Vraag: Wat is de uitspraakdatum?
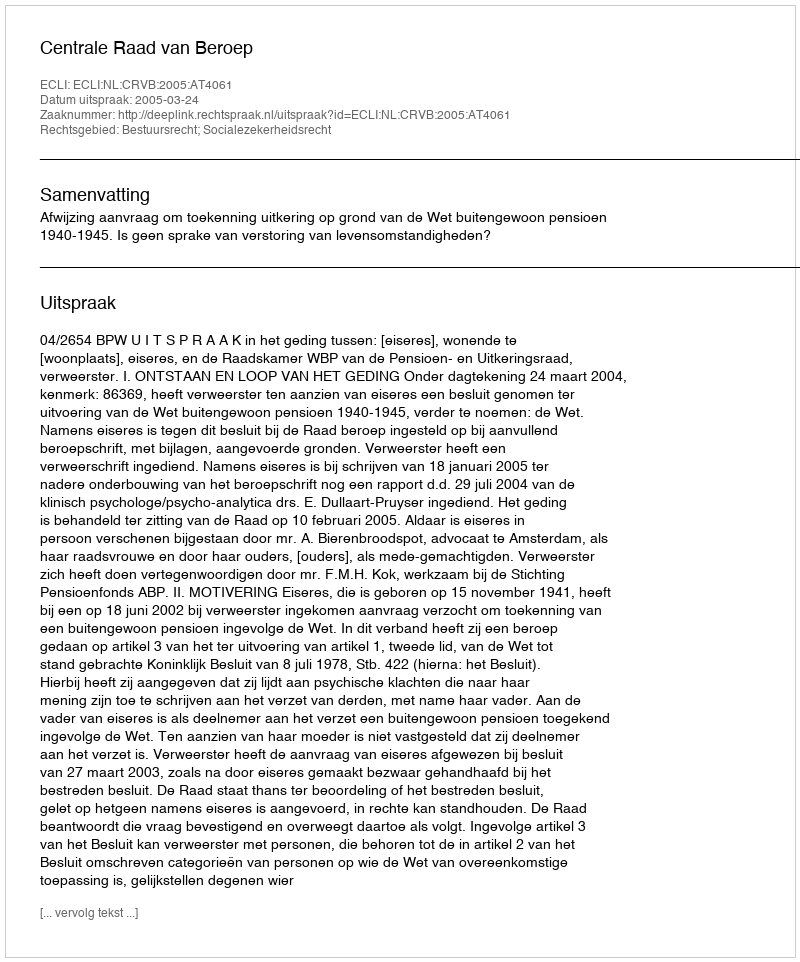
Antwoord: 2005-03-24